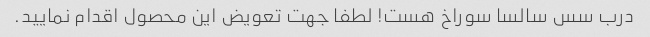
درب سس سالسا سوراخ هست! لطفا جهت تعویض این محصول اقدام نمایید.